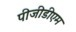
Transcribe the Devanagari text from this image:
पीजीडीएम